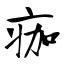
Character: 痂